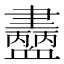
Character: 𧗚